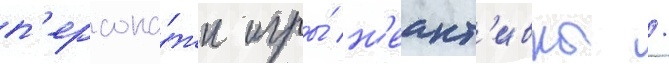
п'ерсона́жи игры́ н'еакт'ивны /